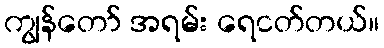
ကျွန်တော် အရမ်း ရေငတ်တယ်။